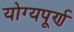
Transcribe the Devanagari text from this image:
योग्यपूर्ण